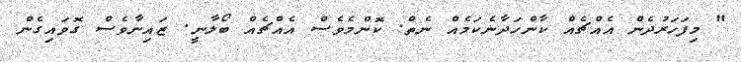
" މިފަހަރުދެން އެއްޗެއް ކާންހަދާނެކަމެއް ނެތް. ކޮންމެވެސް އެއްޗެއް ބޯލާނީ. ޒައިނާވެސް ގޮވައިގެން